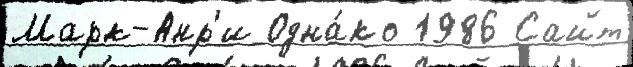
Марк-Анр'и Одна́ко 1986 Сайт